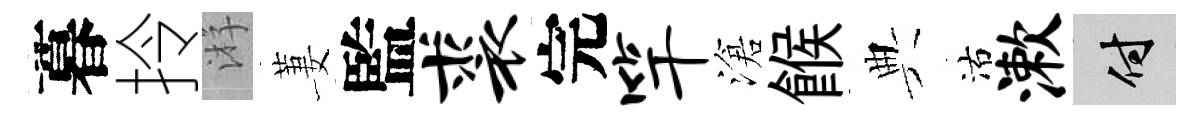
暮拎㳺萋監裘完竿滄餱典沽漱付